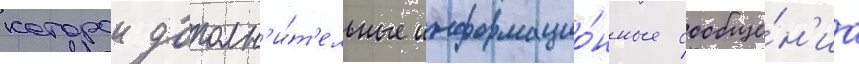
которои дополн'и́т'ельные информацио́нные сообще́н'иа